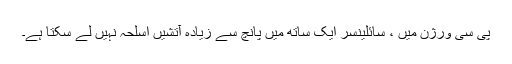
پی سی ورژن میں ، سائلینسر ایک ساتھ میں پانچ سے زیادہ آتشیں اسلحہ نہیں لے سکتا ہے۔